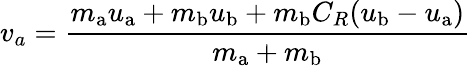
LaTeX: v_{a}={\frac{m_{\mathrm{a}}u_{\mathrm{a}}+m_{\mathrm{b}}u_{\mathrm{b}}+m_{\mathrm{b}}C_{R}(u_{\mathrm{b}}-u_{\mathrm{a}})}{m_{\mathrm{a}}+m_{\mathrm{b}}}}